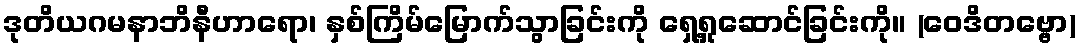
ဒုတိယဂမနာဘိနီဟာရော၊ နှစ်ကြိမ်မြောက်သွာခြင်းကို ရှေ့ရှုဆောင်ခြင်းကို။ (ဝေဒိတဗ္ဗော)